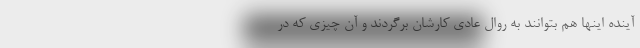
آینده اینها هم بتوانند به روال عادی کارشان برگردند و آن چیزی که در